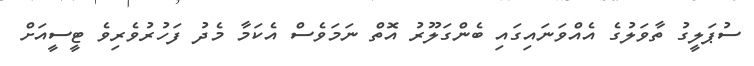
ސުޕަލީގު ތާވަލުގެ އެއްވަނައިގައި ބެންގަލޫރު އޮތް ނަމަވެސް އެކަމާ މެދު ފަހުރުވެރިވެ ޓީސީއަށް